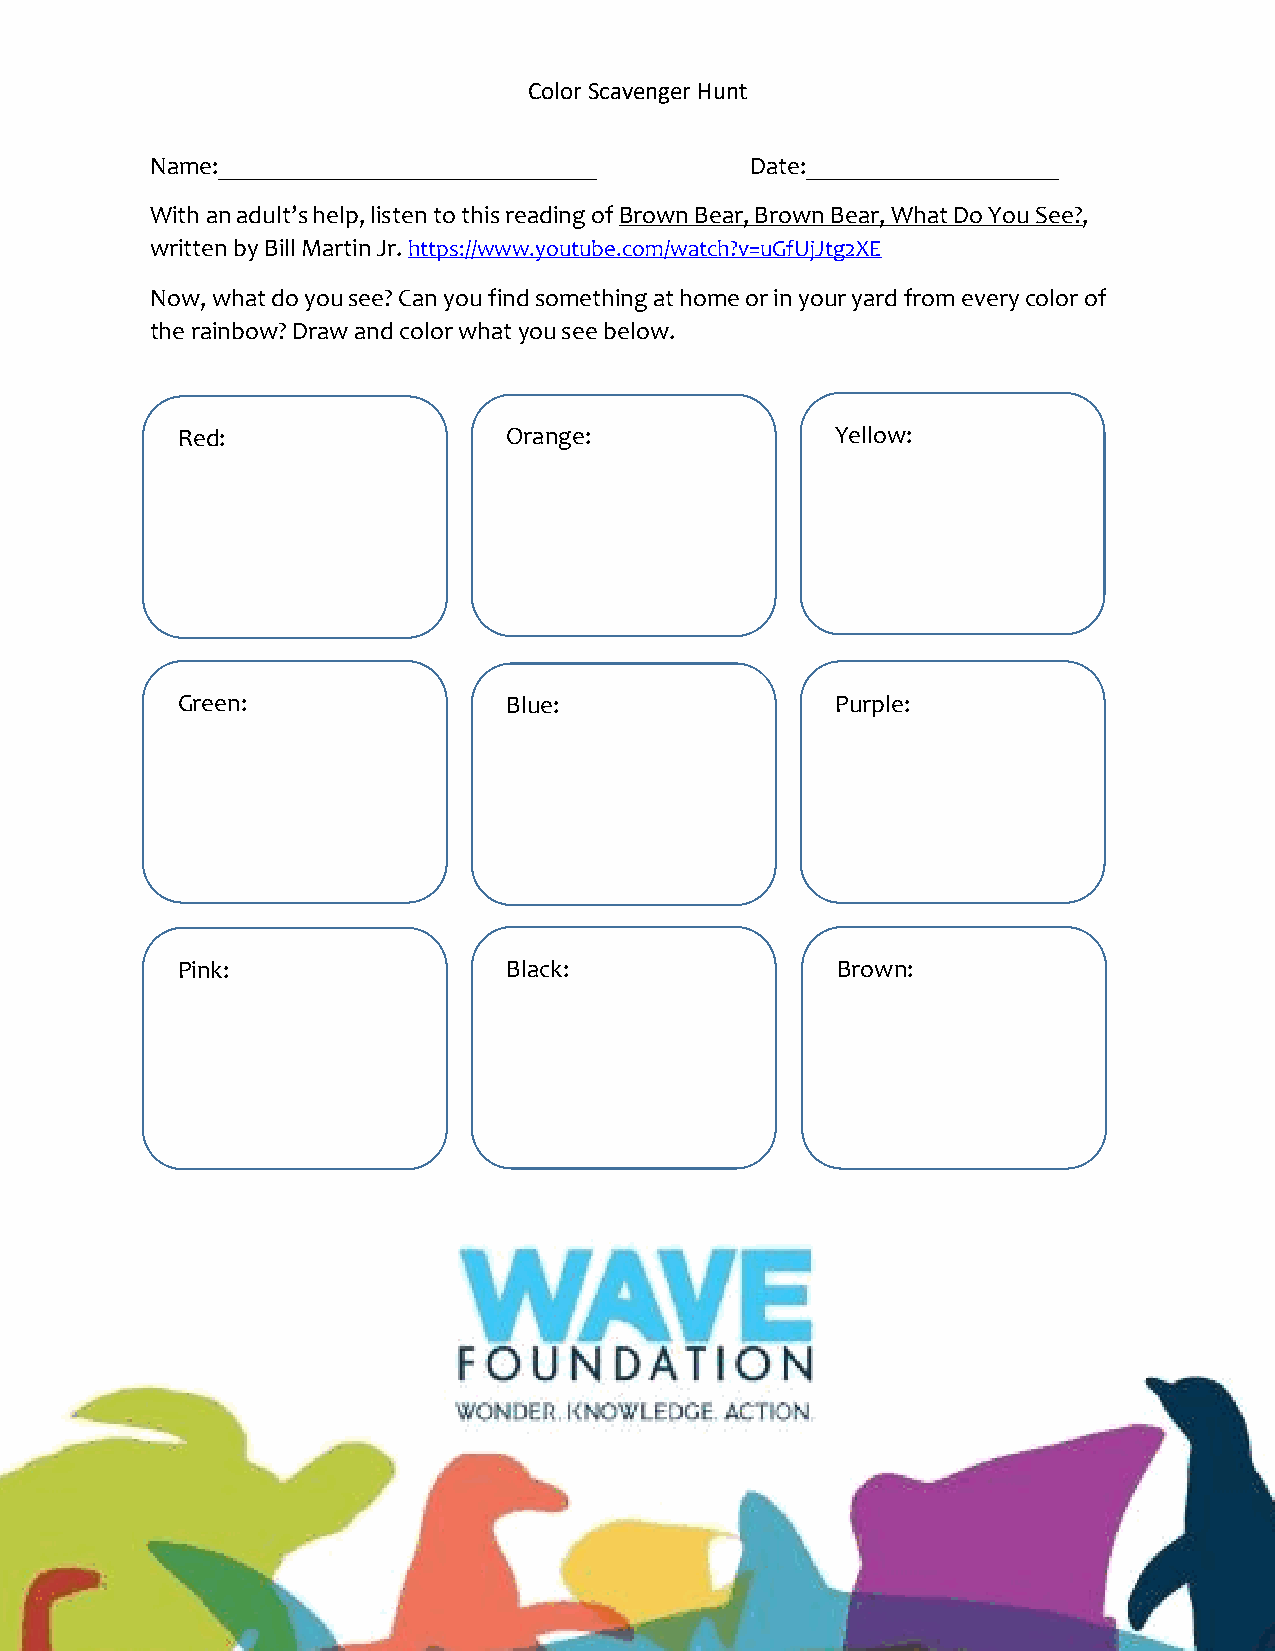
Color Scavenger Hunt
 Name:______________________________     Date:____________________
 With an adult’s help, listen to this reading of Brown Bear, Brown Bear, What Do You See?,
 written by Bill Martin Jr. https://www.youtube.com/watch?v=uGfUjJtg2XE
 Now, what do you see? Can you find something at home or in your yard from every color of
 the rainbow? Draw and color what you see below.
 Red:                  Orange:              Yellow:
 Green:                Blue:                Purple:
 Pink:                 Black:               Brown: